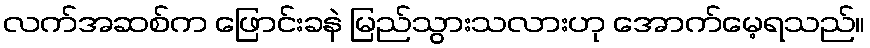
လက်အဆစ်က ဖြောင်းခနဲ မြည်သွားသလားဟု အောက်မေ့ရသည်။